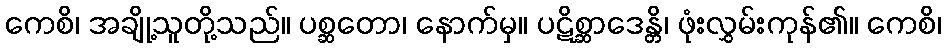
ကေစိ၊ အချို့သူတို့သည်။ ပစ္ဆတော၊ နောက်မှ။ ပဋိစ္ဆာဒေန္တိ၊ ဖုံးလွှမ်းကုန်၏။ ကေစိ၊